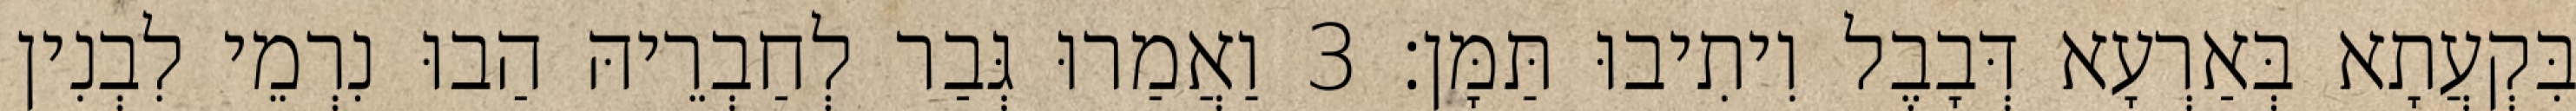
בִּקְעֲתָא בְּאַרְעָא דְּבָבֶל וִיתִיבוּ תַּמָּן׃ 3 וַאֲמַרוּ גְּבַר לְחַבְרֵיהּ הַבוּ נִרְמֵי לִבְנִין